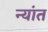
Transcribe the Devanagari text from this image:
न्यांत